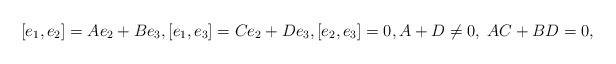
\begin{align*} [e_1, e_2]=A e_2 +B e_3, [e_1,e_3]=C e_2 + D e_3, [e_2,e_3]=0, A+D\neq 0, \; AC+BD =0,\end{align*}